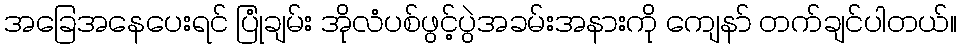
အခြေအနေပေးရင် ပြုံချမ်း အိုလံပစ်ဖွင့်ပွဲအခမ်းအနားကို ကျေနာ် တက်ချင်ပါတယ်။